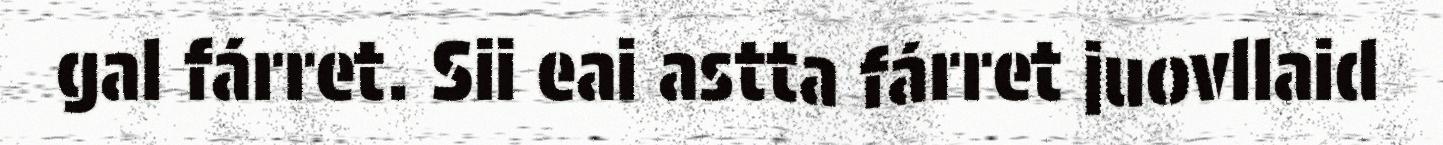
gal fárret. Sii eai astta fárret juovllaid